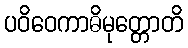
ပဝိဝေကာဓိမုတ္တောတိ